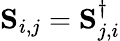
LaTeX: \mathbf{S}_{i,j}=\mathbf{S}_{j,i}^{\dagger}